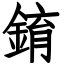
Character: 錥